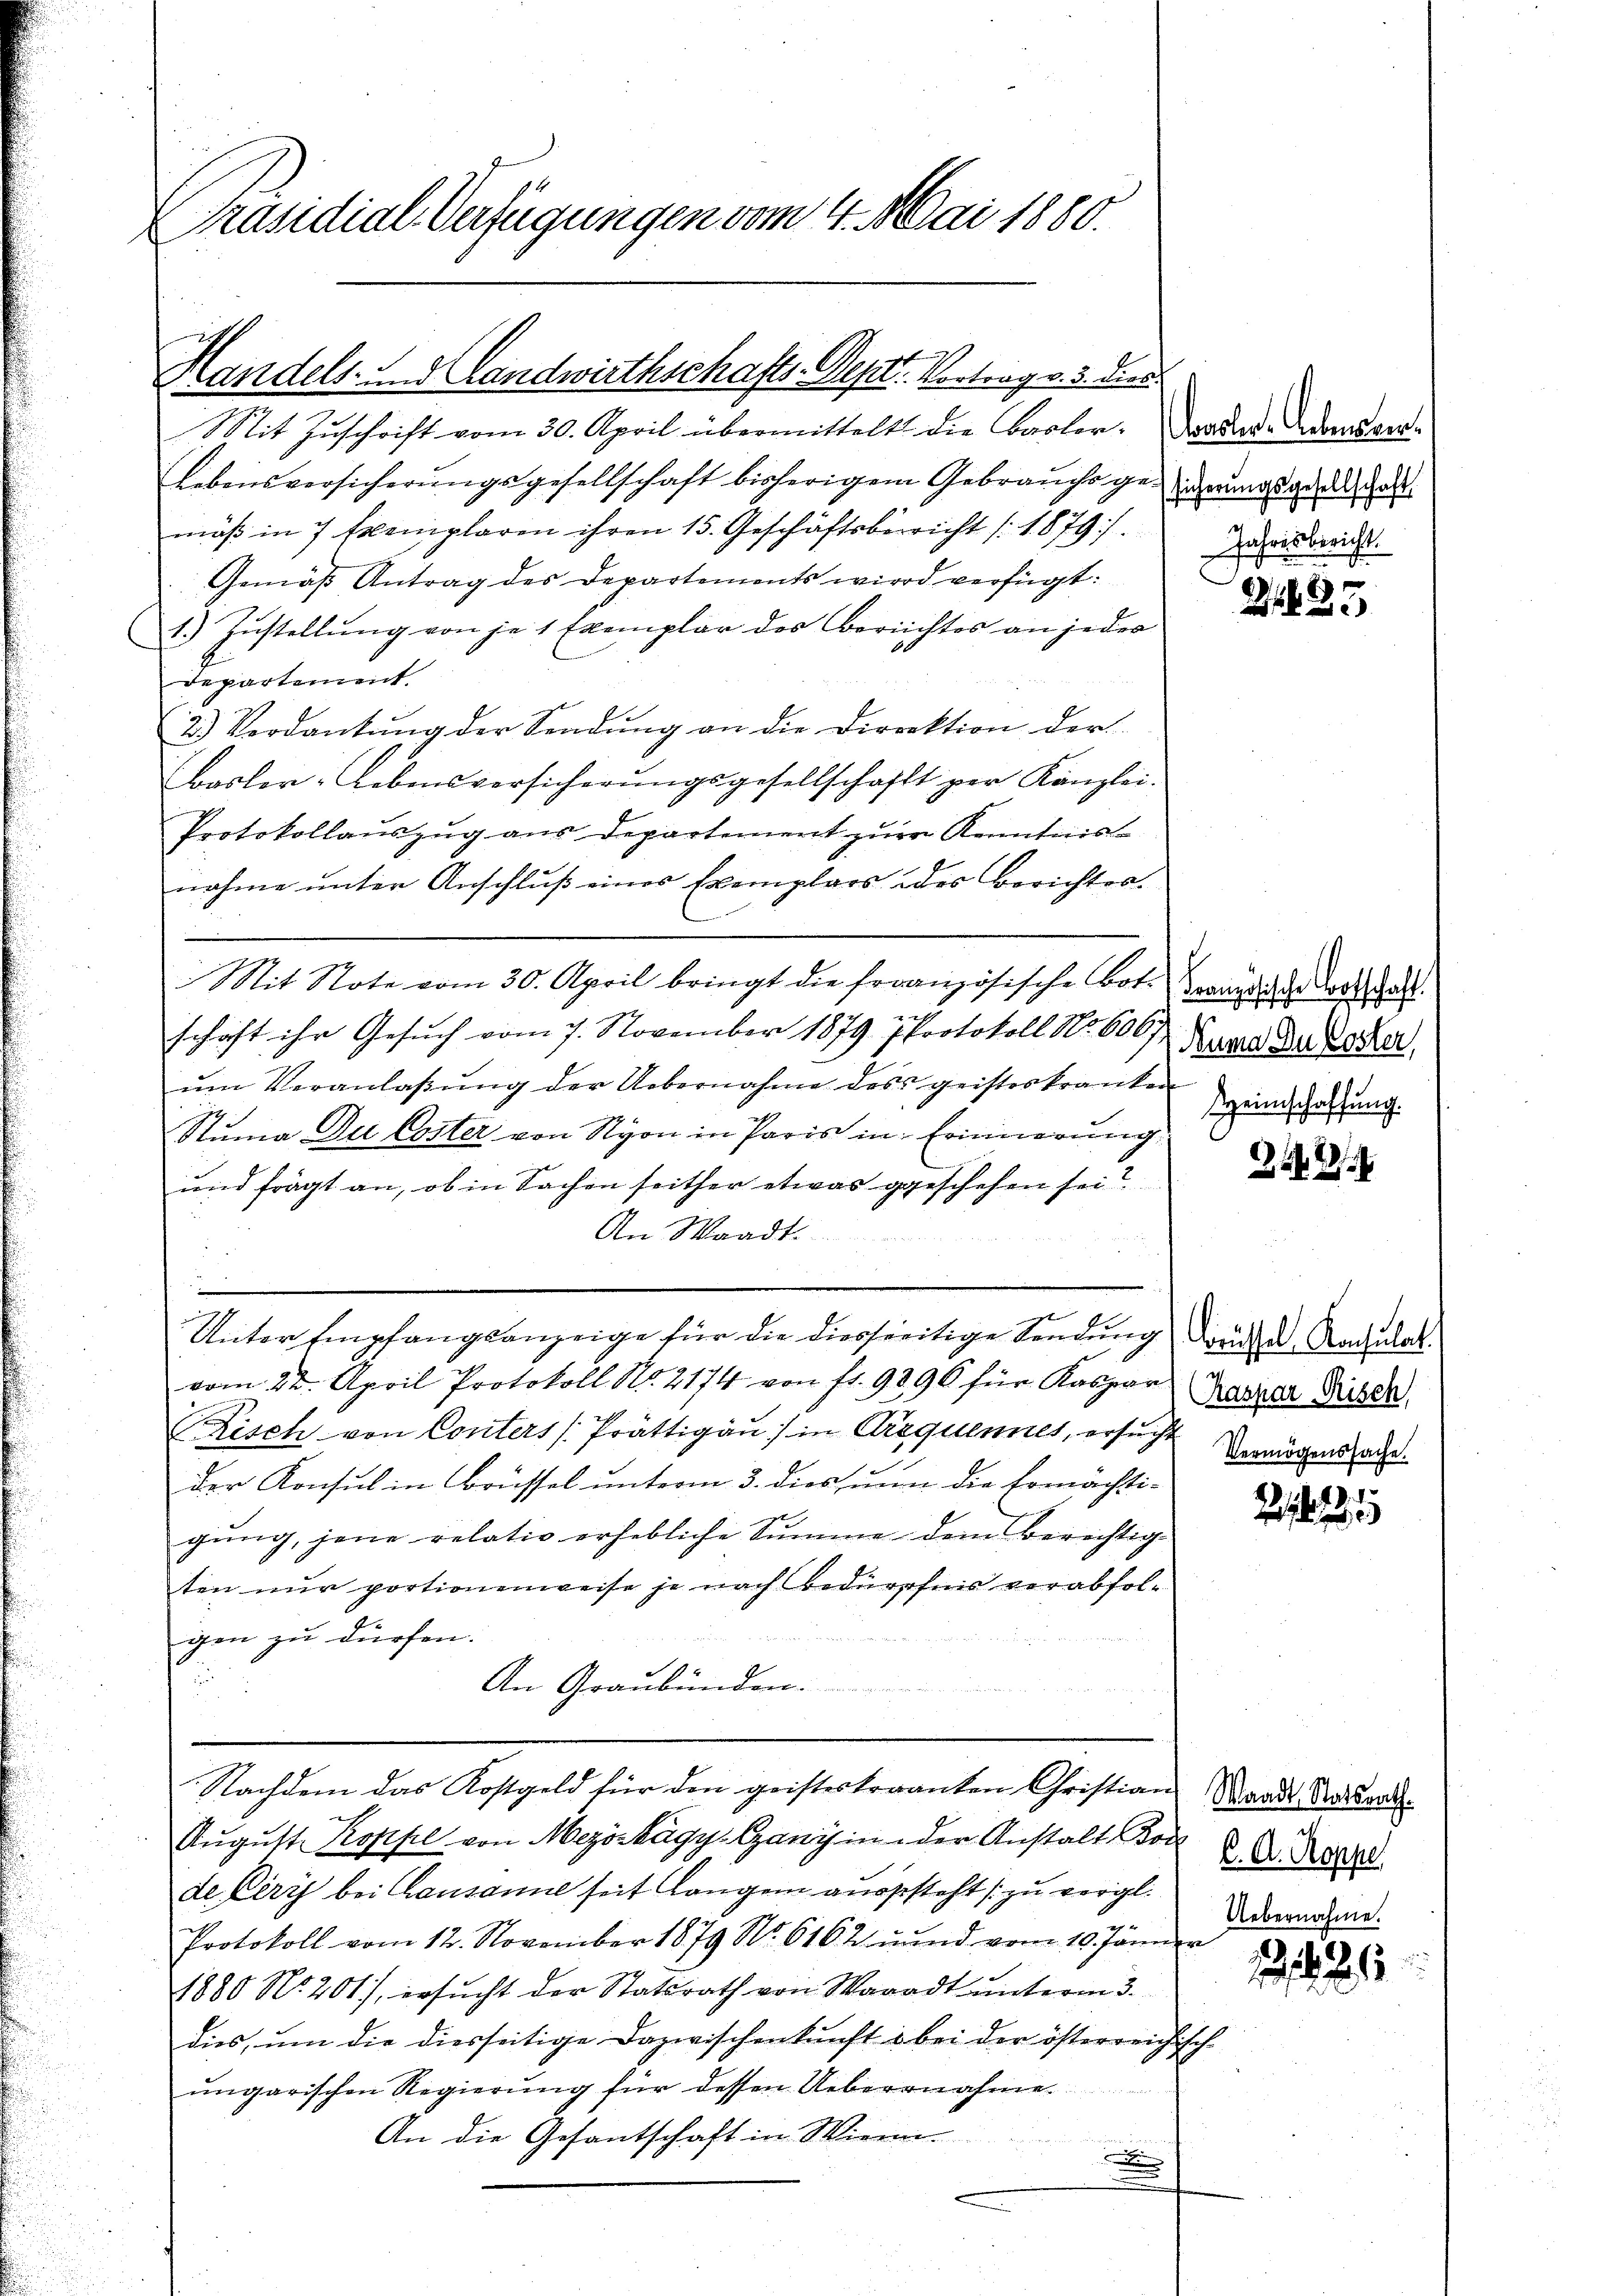
Präsidial-Verfügungen vom 4. Mai 1880.

Handels- u. Landwirthschafts-Deptr. Vortrag v. 3. Dies

Mit Zŭschrift vom 30. April übermittelt die Basler. Dader Landver-
Lebensversicherungsgesellschaft bisherigem Gebrauchs gegends geda
mäß in 7 Exemplaren ihren 15. Geschäftsbericht (1879).
Gemäß Antrag des Departements wird verfügt:
1.) Zustellung von je 1 Exemplar des Berichtes an jeder
departement.
2.) Verdankŭng der Sendŭng an die Direktion der
Basler-Lebensversicherungsgesellschafft per Kanzlei-
Protokollauszug aus Departement zur Kenntnis-
nahme unter Anschluß eines Exemplars des Berichter.
Mit Note vom 30. April bringt die französische Bote wundende Todtschaft
schaft ihr Gesuch vom 7. November 1879 Protokoll No 600fr. Bund der Tochter
ŭm Veranlaβŭng der Uebernahme dess geisteskranken
Stuma Du Coster von Nyon in Paris in Erinnerung
und frägt an, ob in Sachen seither etwas geschehen sei?
An Waadt.
Unter Empfangsanzeige für die diesseitige Sendung druck der Nacharakt
vom 22. April Protokoll No. 2174 von fr. 9896 für Kaspar
Risch von Conters (Prättigau in Arequennet, ersucht Vermögenssache.
der Konsul in Brüssel unterm 3. dies nun die Ermächti-
gŭng, jene relativ erhebliche Summe dem Berichtig
ten nur portionenweise je nach Bedürfnis verabfol¬

gen zu dürfen.
An Graubünden.
Nachdem das Kostgeld für den geisteskranten Christian
Aŭgŭst Koppel von Mezöskágy- Ganz in der Anstalt von 2 D. Regel
de Pery bei Lausanne seit langen ausgesteht zu vergl.
Protokoll vom 12. November 1879 No 6162 und vom 10. Jänner
1880 No. 201), ersŭcht der Statsrath von Waadt ŭnterm 3.
dies, um die diesseitige Dazwischenkunft i bei der österreichisch
ungarischen Regierung für dessen Uebernahme
An die Gesantschaft in Wien.
x

Jahresbericht.
I

3

Heimschaffung.

1

Kaspar Risch,

Waadt Statsrath
Uebernahme.

225